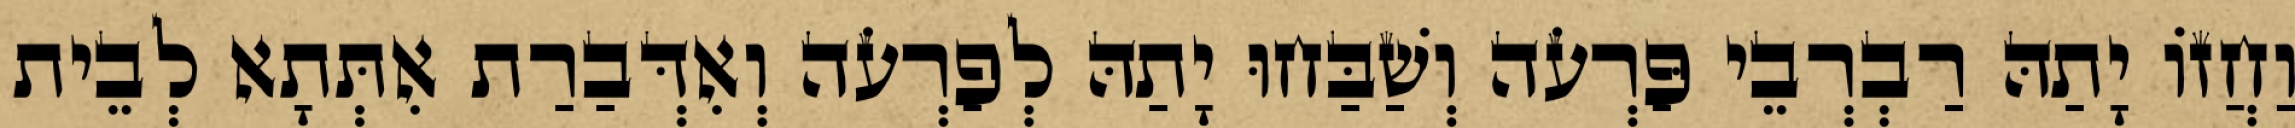
וַחֲזוֹ יָתַהּ רַבְרְבֵי פַּרְעֹה וְשַׁבַּחוּ יָתַהּ לְפַרְעֹה וְאִדְּבַרַת אִתְּתָא לְבֵית